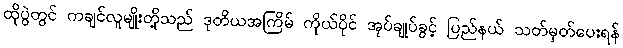
ထိုပွဲတွင် ကချင်လူမျိုးတို့သည် ဒုတိယအကြိမ် ကိုယ်ပိုင် အုပ်ချုပ်ခွင့် ပြည်နယ် သတ်မှတ်ပေးရန်